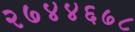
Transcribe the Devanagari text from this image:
२७४४६७८